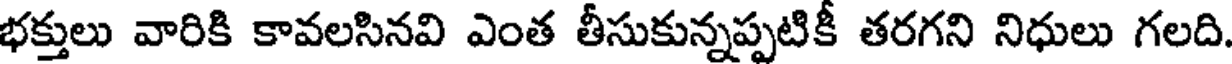
భక్తులు వారికి కావలసినవి ఎంత తీసుకున్నప్పటికీ తరగని నిధులు గలది